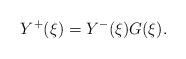
LaTeX: \begin{align*}Y^+(\xi) = Y^-(\xi) G(\xi).\end{align*}